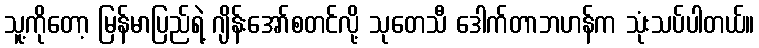
သူ့ကိုတော့ မြန်မာပြည်ရဲ့ ဂျိန်းအော်စတင်လို့ သုတေသီ ဒေါက်တာဘဟန်က သုံးသပ်ပါတယ်။